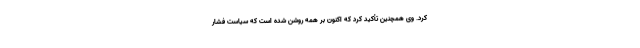
کرد. وی همچنین تأکید کرد که اکنون بر همه روشن شده است که سیاست فشار